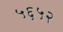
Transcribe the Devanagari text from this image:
५६५२